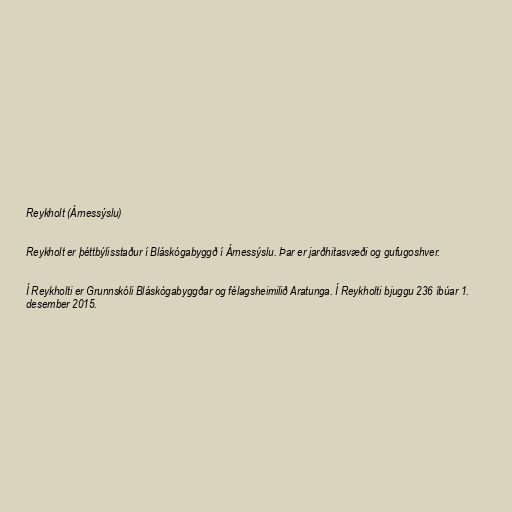
Reykholt (Árnessýslu)

Reykholt er þéttbýlisstaður í Bláskógabyggð í Árnessýslu. Þar er jarðhitasvæði og gufugoshver.

Í Reykholti er Grunnskóli Bláskógabyggðar og félagsheimilið Aratunga. Í Reykholti bjuggu 236 íbúar 1.
desember 2015.